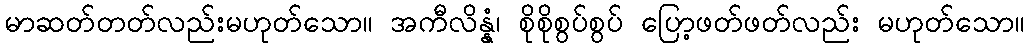
မာဆတ်တတ်လည်းမဟုတ်သော။ အကီလိန္နံ၊ စိုစိုစွပ်စွပ် ပြော့ဖတ်ဖတ်လည်း မဟုတ်သော။